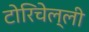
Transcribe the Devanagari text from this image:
टोरिचेल्ली